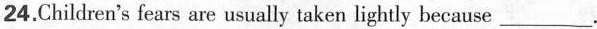
24. Children's fears are usually taken lightly because ___ .